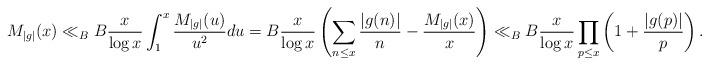
LaTeX: \begin{align*} M_{|g|}(x) \ll_B B\frac{x}{\log x} \int_1^x \frac{M_{|g|}(u)}{u^2}du = B\frac{x}{\log x} \left(\sum_{n \leq x}\frac{|g(n)|}{n} - \frac{M_{|g|}(x)}{x}\right) \ll_B B\frac{x}{\log x} \prod_{p \leq x} \left(1+\frac{|g(p)|}{p}\right).\end{align*}